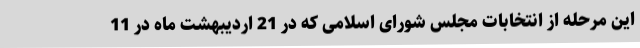
این مرحله از انتخابات مجلس شورای اسلامی که در 21 اردیبهشت ماه در 11